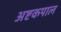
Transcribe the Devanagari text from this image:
अष्टकपाल